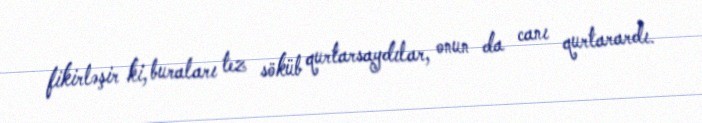
fikirləşir ki, buraları tez söküb qurtarsaydılar, onun da canı qurtarardı.